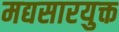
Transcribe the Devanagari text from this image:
मद्यसारयुक्त